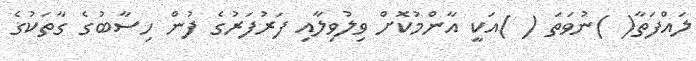
ލައްފަތާ( )ނުވަތަ ( )އަކީ އާންމުކޮށް ވިލުވިލާއި ފަރުފަރުގެ ފުން ހިސާބުގެ ގާތަކުގެ